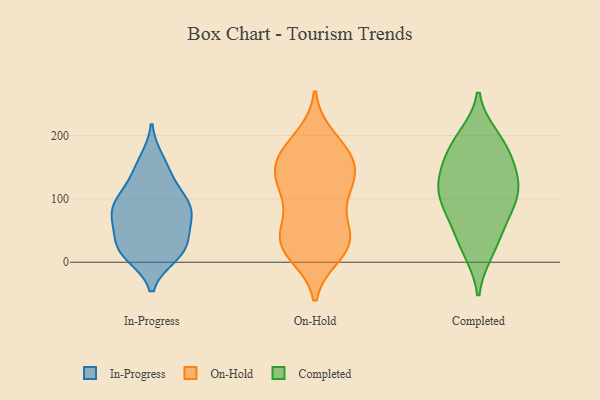
{"axis": {"x": "Demand Index", "y": "Value"}, "legend": ["Completed", "In-Progress", "On-Hold"], "data": [{"x": "", "y": 28, "type": "In-Progress"}, {"x": "", "y": 111, "type": "In-Progress"}, {"x": "", "y": 17, "type": "In-Progress"}, {"x": "", "y": 92, "type": "In-Progress"}, {"x": "", "y": 90, "type": "In-Progress"}, {"x": "", "y": 73, "type": "In-Progress"}, {"x": "", "y": 85, "type": "In-Progress"}, {"x": "", "y": 21, "type": "In-Progress"}, {"x": "", "y": 84, "type": "In-Progress"}, {"x": "", "y": 127, "type": "In-Progress"}, {"x": "", "y": 35, "type": "In-Progress"}, {"x": "", "y": 60, "type": "In-Progress"}, {"x": "", "y": 149, "type": "In-Progress"}, {"x": "", "y": 14, "type": "In-Progress"}, {"x": "", "y": 68, "type": "In-Progress"}, {"x": "", "y": 161, "type": "In-Progress"}, {"x": "", "y": 11, "type": "In-Progress"}, {"x": "", "y": 125, "type": "On-Hold"}, {"x": "", "y": 98, "type": "On-Hold"}, {"x": "", "y": 196, "type": "On-Hold"}, {"x": "", "y": 116, "type": "On-Hold"}, {"x": "", "y": 80, "type": "On-Hold"}, {"x": "", "y": 35, "type": "On-Hold"}, {"x": "", "y": 165, "type": "On-Hold"}, {"x": "", "y": 39, "type": "On-Hold"}, {"x": "", "y": 150, "type": "On-Hold"}, {"x": "", "y": 128, "type": "On-Hold"}, {"x": "", "y": 19, "type": "On-Hold"}, {"x": "", "y": 32, "type": "On-Hold"}, {"x": "", "y": 160, "type": "On-Hold"}, {"x": "", "y": 168, "type": "On-Hold"}, {"x": "", "y": 139, "type": "On-Hold"}, {"x": "", "y": 184, "type": "On-Hold"}, {"x": "", "y": 13, "type": "On-Hold"}, {"x": "", "y": 31, "type": "On-Hold"}, {"x": "", "y": 40, "type": "On-Hold"}, {"x": "", "y": 56, "type": "Completed"}, {"x": "", "y": 104, "type": "Completed"}, {"x": "", "y": 158, "type": "Completed"}, {"x": "", "y": 20, "type": "Completed"}, {"x": "", "y": 60, "type": "Completed"}, {"x": "", "y": 183, "type": "Completed"}, {"x": "", "y": 134, "type": "Completed"}, {"x": "", "y": 112, "type": "Completed"}, {"x": "", "y": 149, "type": "Completed"}, {"x": "", "y": 197, "type": "Completed"}, {"x": "", "y": 73, "type": "Completed"}, {"x": "", "y": 199, "type": "Completed"}, {"x": "", "y": 105, "type": "Completed"}, {"x": "", "y": 164, "type": "Completed"}, {"x": "", "y": 104, "type": "Completed"}, {"x": "", "y": 119, "type": "Completed"}, {"x": "", "y": 16, "type": "Completed"}]}